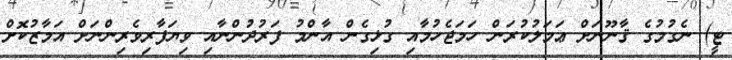
ޓީ) ނެގުމުގެ ޤާނޫނަށް ޢަމަލުކުރަން ހަމަޖެހުމާއި ގުޅިގެން އާންމު ފަރުދުންނާއި ވިޔަފާރިވެރިންނަށް އަމާޒުކޮށް